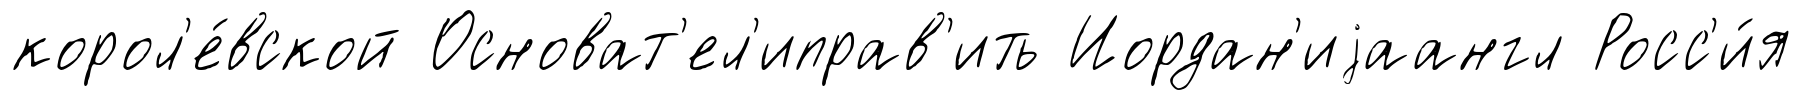
корол'е́вской Основат'ел'иправ'ить Иордан'иjаангл Росс'и́я